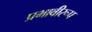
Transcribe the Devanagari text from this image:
प्रभावीरूप